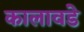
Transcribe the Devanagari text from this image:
कालावडे